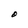
Character: O